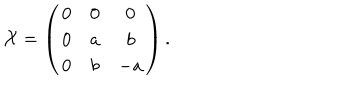
{ \cal X } = \left( \begin{array} { c c c } { { 0 } } & { { 0 } } & { { 0 } } \\ { { 0 } } & { { a } } & { { b } } \\ { { 0 } } & { { b } } & { { - a } } \\ \end{array} \right) .